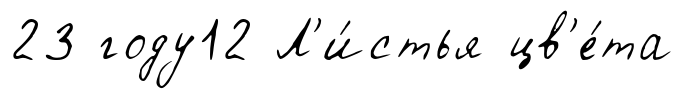
23 году12 Л'и́стья цв'е́та